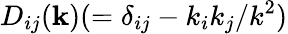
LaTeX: D_{ij}({\mathbf{k}})(=\delta_{ij}-k_{i}k_{j}/k^{2})